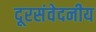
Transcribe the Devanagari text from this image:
दूरसंवेदनीय